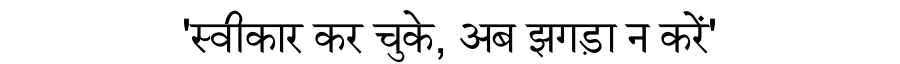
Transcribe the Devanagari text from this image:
'स्वीकार कर चुके, अब झगड़ा न करें'